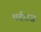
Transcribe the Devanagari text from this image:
मर्दराज